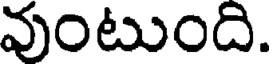
వుంటుంది.